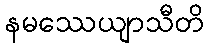
နမဿေယျာသီတိ